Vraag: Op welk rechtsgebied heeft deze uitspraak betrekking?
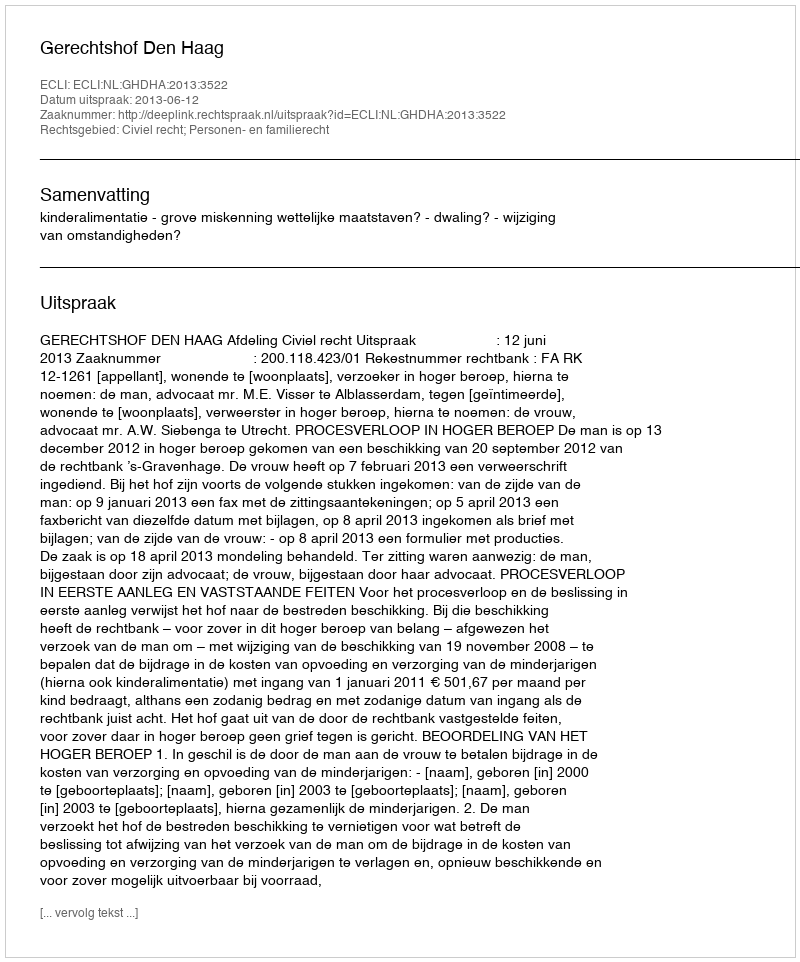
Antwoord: Civiel recht; Personen- en familierecht